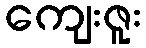
ကျေးဇူး